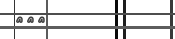
١٤٩